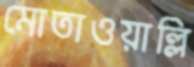
মোতাওয়াল্লি